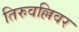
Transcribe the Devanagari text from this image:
तिरुवल्लिवर